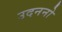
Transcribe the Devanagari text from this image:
उदननो